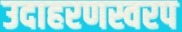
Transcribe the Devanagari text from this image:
उदाहरणस्वरप